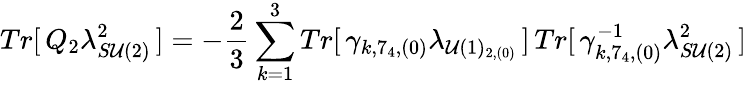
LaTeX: Tr[\, Q_{2}\lambda_{S\mathcal{U}(2)}^{2}\, ]=-\frac{{2}}{{3}}\sum_{k=1}^{3}Tr[\, \gamma_{k,7_{4},(0)}\lambda_{\mathcal{U}(1)_{2,(0)}}\, ]\, Tr[\, \gamma_{k,7_{4},(0)}^{-1}\lambda_{S\mathcal{U}(2)}^{2}\, ]